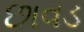
છાવડ